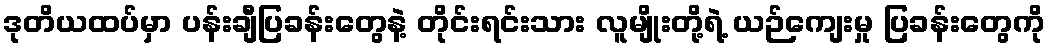
ဒုတိယထပ်မှာ ပန်းချီပြခန်းတွေနဲ့ တိုင်းရင်းသား လူမျိုးတို့ရဲ့ ယဉ်ကျေးမှု ပြခန်းတွေကို